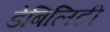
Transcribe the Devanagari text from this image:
डेबिलिटी